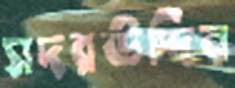
সদরউদ্দিন